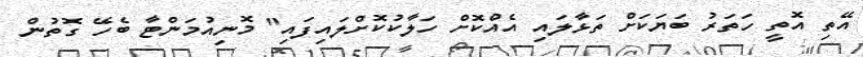
އޭތި އޮތީ ހަތަރު ބަޔަކަށް ތަޅާލައި އެއްކޮށް ހަލާކުކޮށްލައިފައި" މޮނިއުމަންޓާ ބެހޭ ގޮތުން